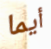
أيما